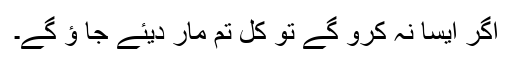
اگر ایسا نہ کرو گے تو کل تم مار دیئے جا ؤ گے۔